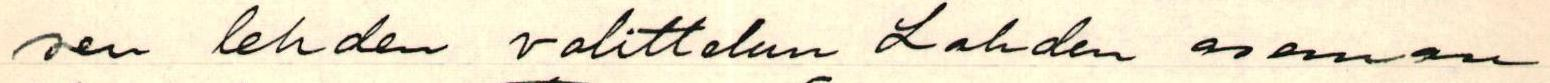
sen lehden valittelun Lahden aseman